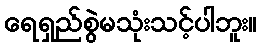
ရေရှည်စွဲမသုံးသင့်ပါဘူး။